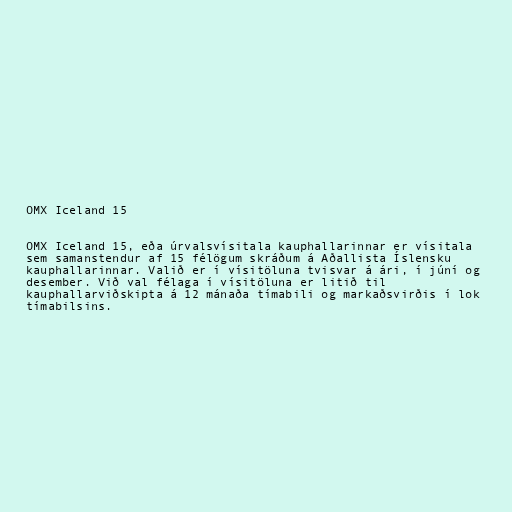
OMX Iceland 15

OMX Iceland 15, eða úrvalsvísitala kauphallarinnar er vísitala
sem samanstendur af 15 félögum skráðum á Aðallista Íslensku
kauphallarinnar. Valið er í vísitöluna tvisvar á ári, í júní og
desember. Við val félaga í vísitöluna er litið til
kauphallarviðskipta á 12 mánaða tímabili og markaðsvirðis í lok
tímabilsins.